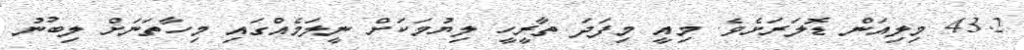
43.2 މިލިއަން ޑޮލަރަށެވެ. މިއީ މިފަދަ ތާރީހީ ލިޔުމަކަށް ނީލަމެއްގައި މިހާތަނަށް ލިބުނު